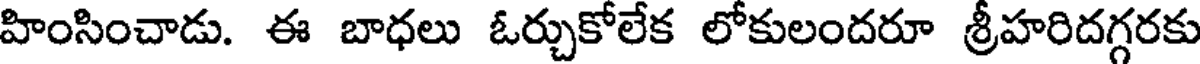
హింసించాడు. ఈ బాధలు ఓర్చుకోలేక లోకులందరూ శ్రీహరిదగ్గరకు